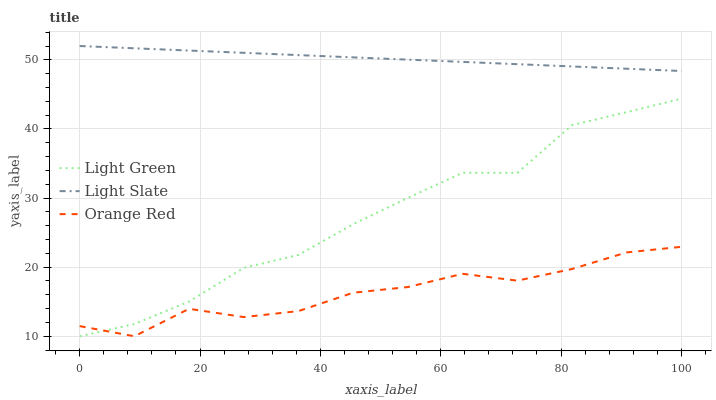
| xaxis_label | Light Green | Light Slate | Orange Red |
 | --- | --- | --- | --- |
 | 0 | 10 | 52 | 11.5 |
 | 9.09 | 11.8 | 51.7 | 10 |
 | 18.2 | 15 | 51.3 | 14 |
 | 27.3 | 19.9 | 51 | 12.8 |
 | 36.4 | 21.8 | 50.7 | 13.6 |
 | 45.5 | 26.2 | 50.4 | 16.3 |
 | 54.5 | 30 | 50 | 17.1 |
 | 63.6 | 33.7 | 49.7 | 19 |
 | 72.7 | 33.6 | 49.4 | 18 |
 | 81.8 | 40.5 | 49 | 19.7 |
 | 90.9 | 42.4 | 48.7 | 22.1 |
 | 100 | 44.4 | 48.4 | 22.9 |